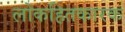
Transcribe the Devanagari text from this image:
लोकहितकारक